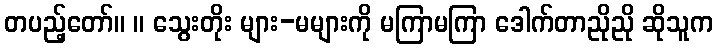
တပည့်တော်။ ။ သွေးတိုး များ-မများကို မကြာမကြာ ဒေါက်တာညိုညို ဆိုသူက